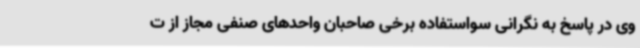
وی در پاسخ به نگرانی سواستفاده برخی صاحبان واحدهای صنفی مجاز از ت